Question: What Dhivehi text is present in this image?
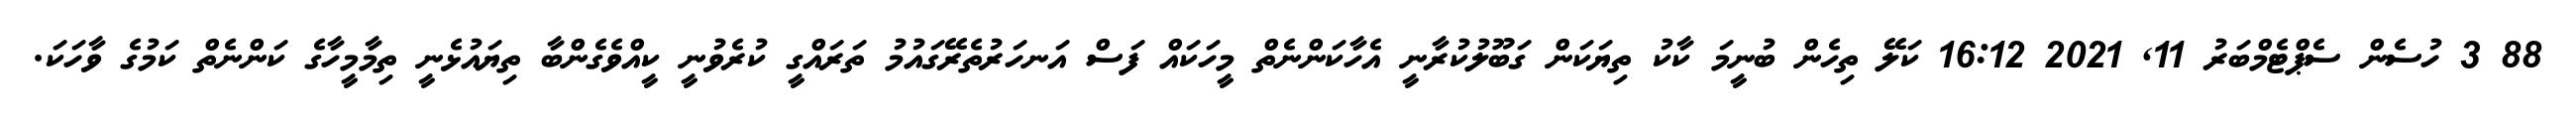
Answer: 88 3 ހުސެން ސެޕްޓެމްބަރު 11, 2021 16:12 ކަލޭ ތިހެން ބުނީމަ ކާކު ތިޔަކަން ގަބޫލުކުރާނީ އެހާކަންނެތް މީހަކައް ފަސް އަނހަރުތެރޭގައުމު ތަރައްގީ ކުރެވުނީ ކީއްވެގެންބާ ތިޔައުޅެނީ ތިމާމީހާގެ ކަންނެތް ކަމުގެ ވާހަކަ.